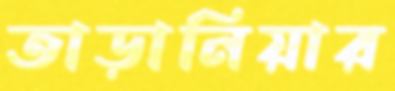
তাড়ানিয়ার